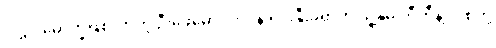
ပါဠိပါမောက္ခဖြစ်လာတဲ့ ဦးဖေမောင်တင်နဲ့ ရင်းနှီးခဲ့ရာက သူ့နှမ တီတီနဲ့ လုစ်တို့